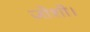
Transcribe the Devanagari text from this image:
जोशी।